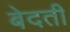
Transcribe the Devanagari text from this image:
बेदती